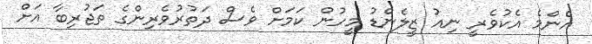
އެންމެ އެކުވެރީ ނިއު ޒީލެންޑު މީހުން ކަމަށް ވެސް ދަތުރުވެރިންގެ ތަޖުރިބާ އަށް